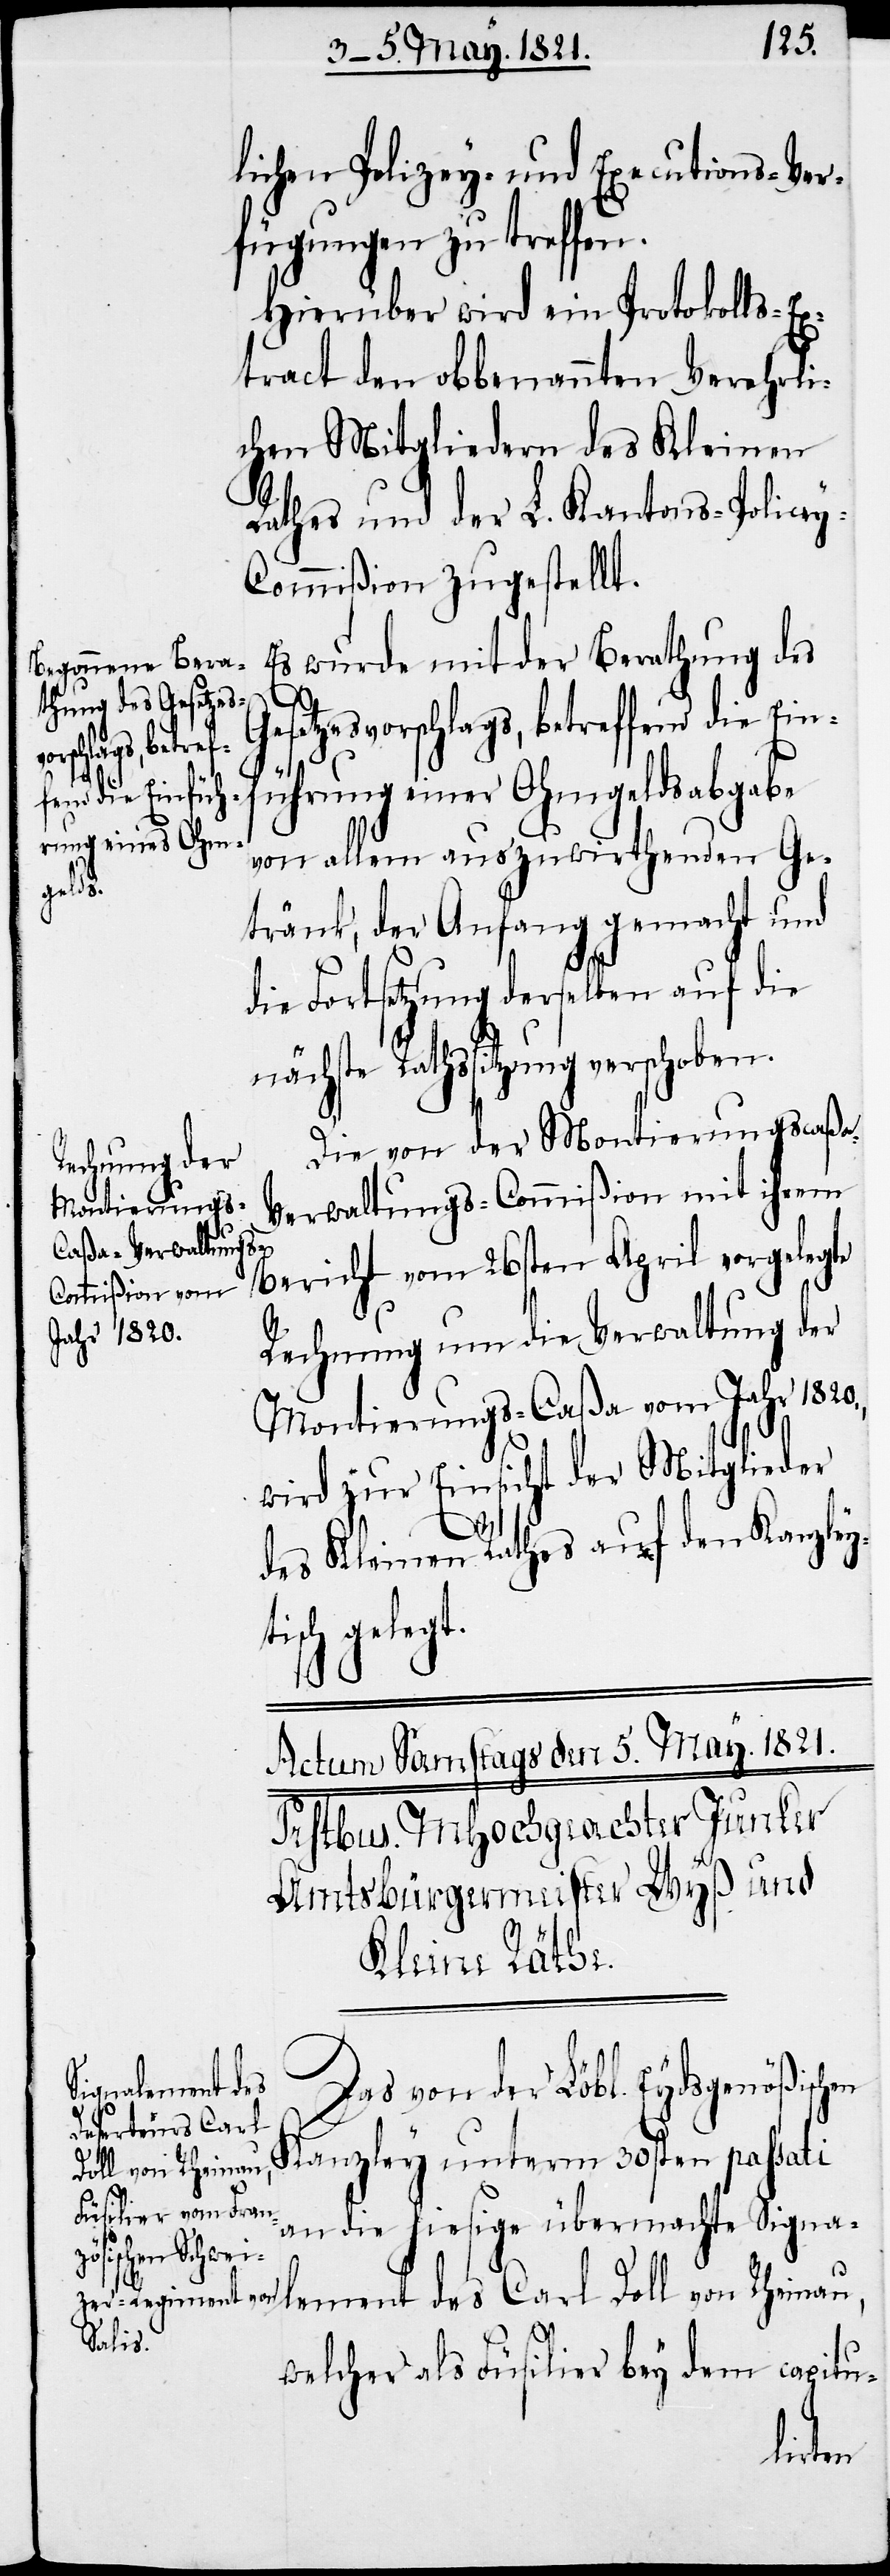
liche Polizey- und Executions-Ver¬
fügungen zu treffen.
Hierüber wird ein Protokolls-Ex¬
tract den obbenannten Verehrli¬
chen Mitgliedern des Kleinen
Rathes und der L. Kantons-Police¬
y-Commißion zugestellt.
Es wurde mit der Berathung des
Gesetzesvorschlags, betreffend die Ein¬
führung einer Ohmgeldsabgabe
von allem auszuwirthenden Ge¬
tränk, der Anfang gemacht und
die Fortsetzung derselben auf die
nächste Rathssitzung verschoben.
Die von der Montierungscaßa-V¬
erwaltungs-Commißion mit ihrem
Bericht vom 26sten April vorgelegte
Rechnung um die Verwaltung der
Montierungs-Caßa vom Jahr 1820.,
wird zur Einsicht der Mitglieder
des Kleinen Rathes auf den Kanzley¬
tisch gelegt.
Das von der Löbl. Eydsgenößischen
Kanzley unterm 30sten passati
an die hiesige übermachte Signa¬
lement des Carl Doll von Rheinau,
welcher als Füsilier bey dem capitu-